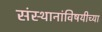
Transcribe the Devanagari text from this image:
संस्थानांविषयीच्या